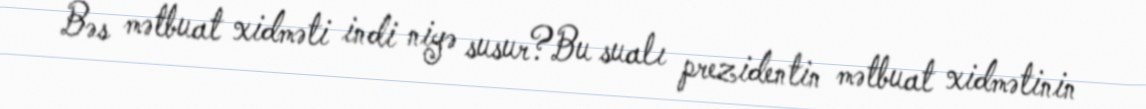
Bəs mətbuat xidməti indi niyə susur?Bu sualı prezidentin mətbuat xidmətinin